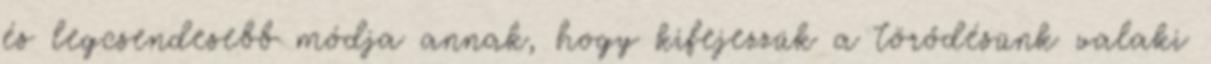
és legcsendesebb módja annak, hogy kifejezzük a törődésünk valaki